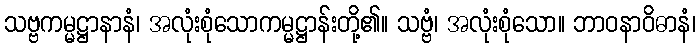
သဗ္ဗကမ္မဋ္ဌာနာနံ၊ အလုံးစုံသောကမ္မဋ္ဌာန်းတို့၏။ သဗ္ဗံ၊ အလုံးစုံသော။ ဘာဝနာဝိဓာနံ၊